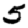
Digit: 5